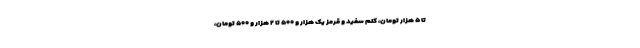
تا ۵ هزار تومان، کلم سفید و قرمز یک هزار و ۵۰۰ تا ۲ هزار و ۵۰۰ تومان،